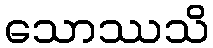
သောဿသိ